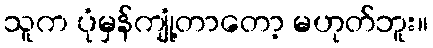
သူက ပုံမှန်ကျုံ့တာတော့ မဟုတ်ဘူး။